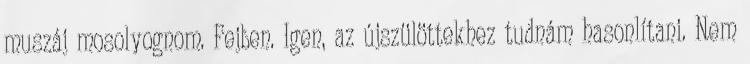
muszáj mosolyognom. Fejben. Igen, az újszülöttekhez tudnám hasonlítani. Nem